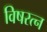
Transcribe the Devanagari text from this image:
विषरत्न